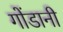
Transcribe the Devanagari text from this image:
गोंडानी